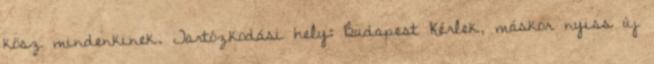
kösz mindenkinek. Tartózkodási hely: Budapest Kérlek, máskor nyiss új